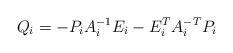
LaTeX: \begin{align*}Q_i = -P_iA_i^{-1}E_i -E_i^TA_i^{-T}P_i\end{align*}